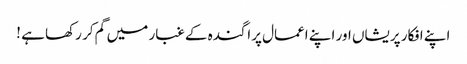
اپنے افکار پریشاں اور اپنے اعمال پراگندہ کے غبار میں گم کر رکھا ہے !